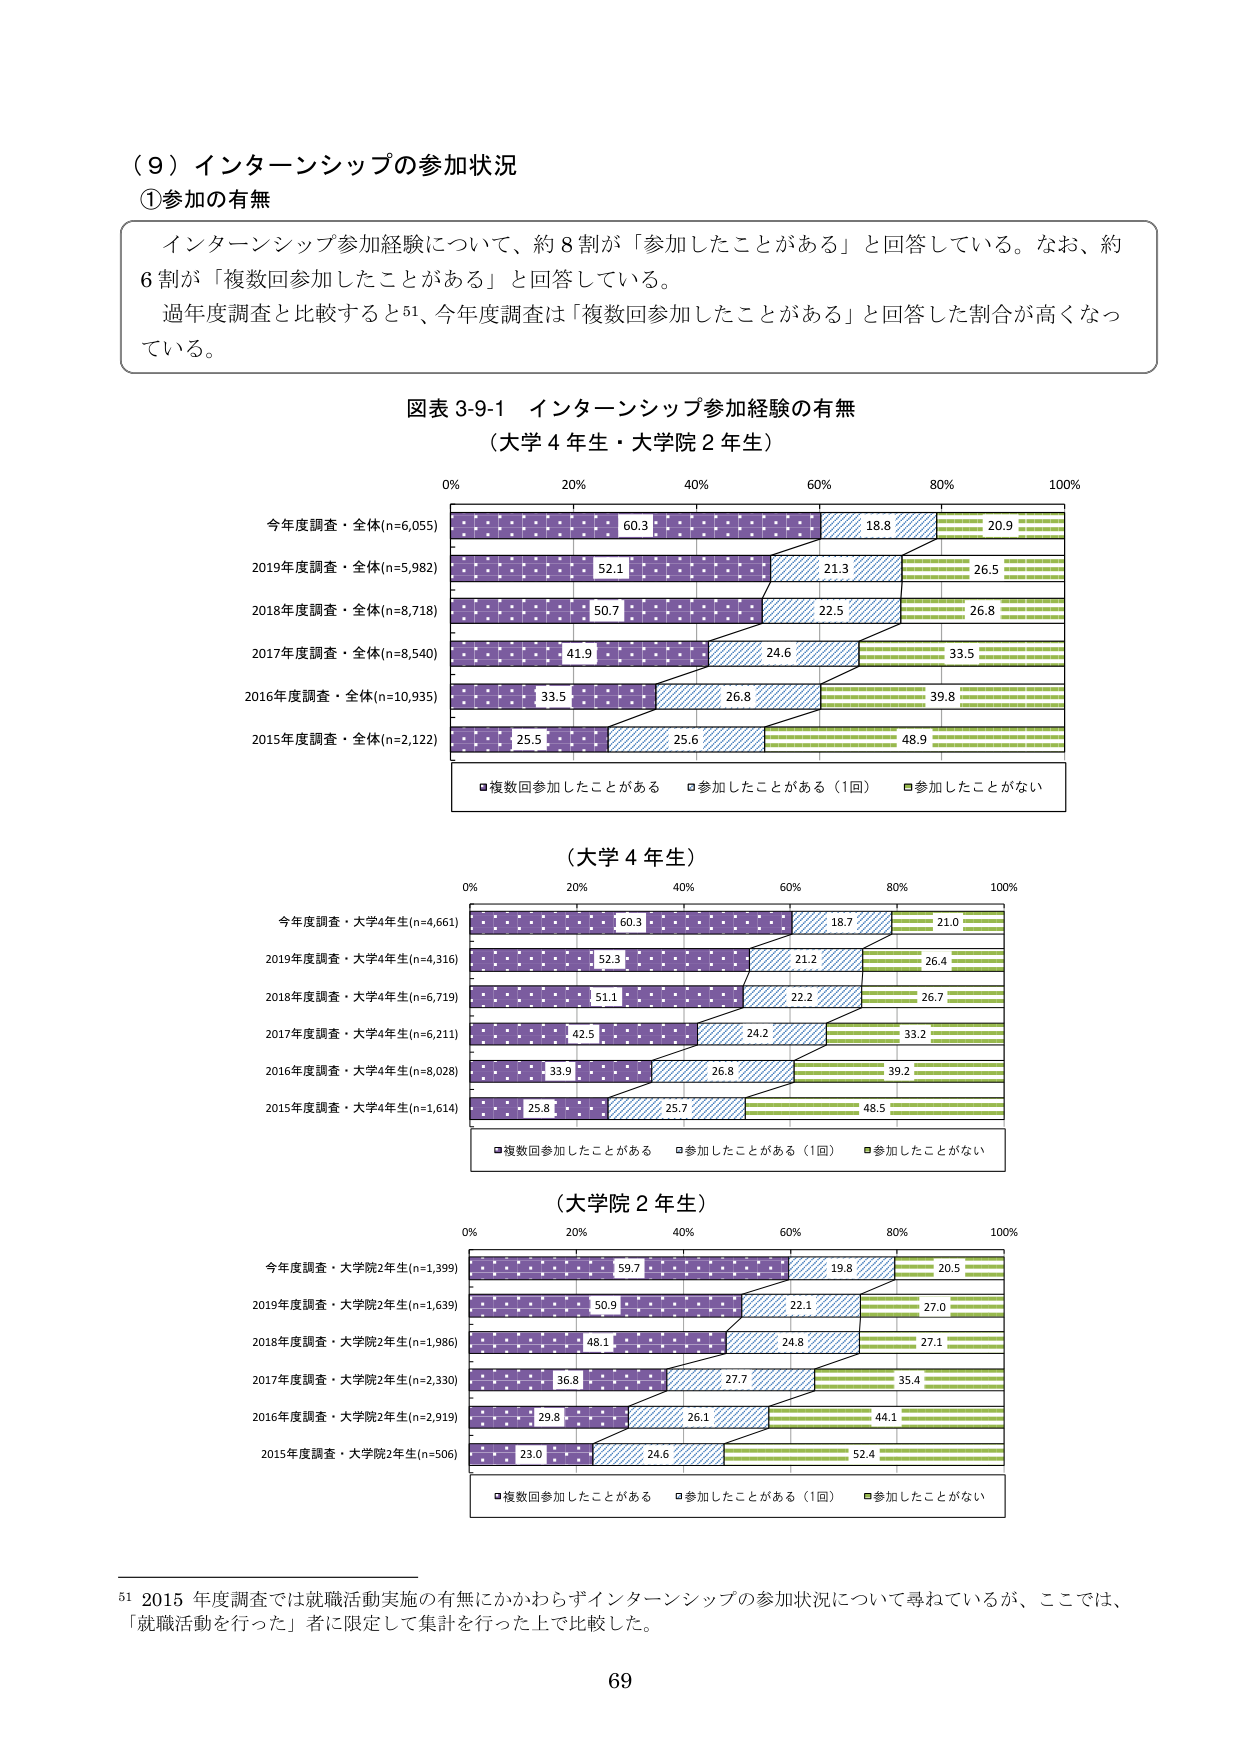
（９）インターンシップの参加状況
①参加の有無

インターンシップ参加経験について、約８割が「参加したことがある」と回答している。なお、約６割が「複数回参加したことがある」と回答している。
過年度調査と比較すると⁵¹、今年度調査は「複数回参加したことがある」と回答した割合が高くなっている。

図表 3-9-1 インターンシップ参加経験の有無
（大学４年生・大学院２年生）

0% 20% 40% 60% 80% 100%
今年度調査・全体(n=6,055) 60.3 18.8 20.9
2019年度調査・全体(n=5,982) 52.1 21.3 26.5
2018年度調査・全体(n=8,718) 50.7 22.5 26.8
2017年度調査・全体(n=8,540) 41.9 24.6 33.5
2016年度調査・全体(n=10,935) 33.5 26.8 39.8
2015年度調査・全体(n=2,122) 25.5 25.6 48.9

■複数回参加したことがある □参加したことがある（1回） ■参加したことがない

（大学４年生）

0% 20% 40% 60% 80% 100%
今年度調査・大学4年生(n=4,661) 60.3 18.7 21.0
2019年度調査・大学4年生(n=4,316) 52.3 21.2 26.4
2018年度調査・大学4年生(n=6,719) 51.1 22.2 26.7
2017年度調査・大学4年生(n=6,211) 42.5 24.2 33.2
2016年度調査・大学4年生(n=8,028) 33.9 26.8 39.2
2015年度調査・大学4年生(n=1,614) 25.8 25.7 48.5

■複数回参加したことがある □参加したことがある（1回） ■参加したことがない

（大学院２年生）

0% 20% 40% 60% 80% 100%
今年度調査・大学院2年生(n=1,399) 59.7 19.8 20.5
2019年度調査・大学院2年生(n=1,639) 50.9 22.1 27.0
2018年度調査・大学院2年生(n=1,986) 48.1 24.8 27.1
2017年度調査・大学院2年生(n=2,330) 36.8 27.7 35.4
2016年度調査・大学院2年生(n=2,919) 29.8 26.1 44.1
2015年度調査・大学院2年生(n=506) 23.0 24.6 52.4

■複数回参加したことがある □参加したことがある（1回） ■参加したことがない

⁵¹ 2015 年度調査では就職活動実施の有無にかかわらずインターンシップの参加状況について尋ねているが、ここでは、「就職活動を行った」者に限定して集計を行った上で比較した。

69